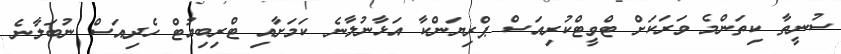
ސުނީތާ ކިތަންމެ ވަރަކަށް ޓްވީޓްކުރިއަސް ޕްރިޔަންކާ އަޅާނުލާނެ ކަމަށާއި ޓްރިބިއުޓް ހެދިއަސް ނުބަލާނެ